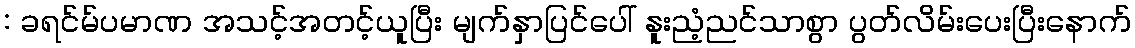
: ခရင်မ်ပမာဏ အသင့်အတင့်ယူပြီး မျက်နှာပြင်ပေါ် နူးညံ့ညင်သာစွာ ပွတ်လိမ်းပေးပြီးနောက်